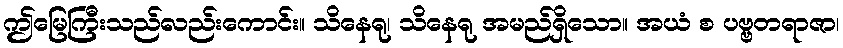
ဤမြေကြီးသည်လည်းကောင်း။ သိနေရု၊ သိနေရု အမည်ရှိသော။ အယံ စ ပဗ္ဗတရာဇာ၊